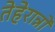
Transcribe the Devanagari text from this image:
तेहेरान्नो